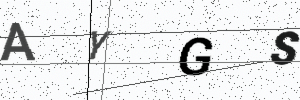
Text: AYGS